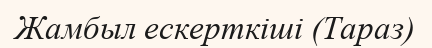
Жамбыл ескерткіші (Тараз)